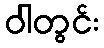
ဝါတွင်း